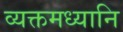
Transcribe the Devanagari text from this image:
व्यक्तमध्यानि